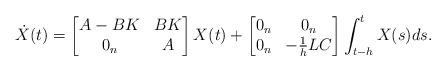
LaTeX: \begin{align*}\dot{X}(t) = \left[ \begin{matrix} A-BK & BK \\ 0_n & A \end{matrix} \right] X(t) + \left[ \begin{matrix} 0_n & 0_n \\ 0_n & -\frac{1}{h} LC \end{matrix} \right] \int_{t-h}^t X(s) ds.\end{align*}